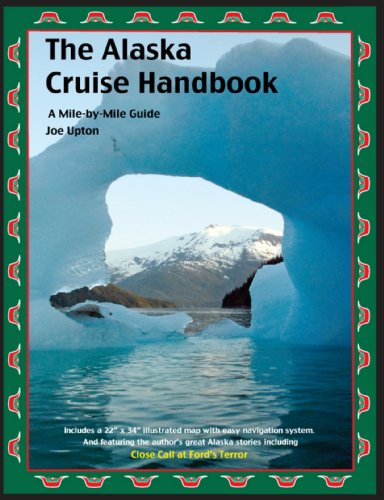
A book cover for The Alaska Cruise Handbook: A Mile-by-Mile Guide 2012 edition; Joe Upton; Travel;